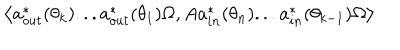
\left\langle a _ { o u t } ^ { \ast } ( \theta _ { k } ) . . . a _ { o u t } ^ { \ast } ( \theta _ { 1 } ) \Omega , A a _ { i n } ^ { \ast } ( \theta _ { n } ) . . . a _ { i n } ^ { \ast } ( \theta _ { k - 1 } ) \Omega \right\rangle